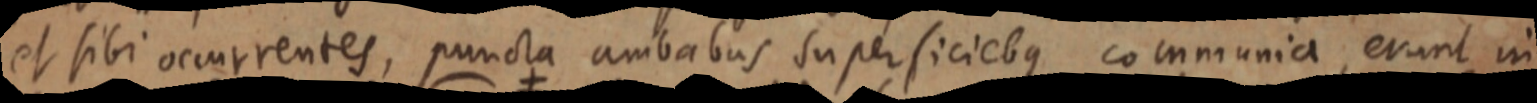
et sibi occurrentes, puncta ambabus superficiebus communia, erunt in